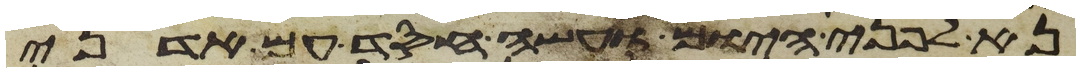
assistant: נא לפני היום ועשה חסד עם אדני